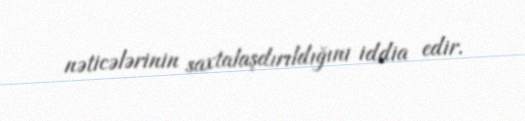
nəticələrinin saxtalaşdırıldığını iddia edir.